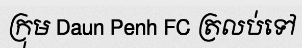
ក្រុម Daun Penh FC ត្រលប់ទៅ